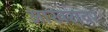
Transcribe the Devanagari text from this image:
आखरावर